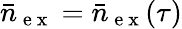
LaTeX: \bar{n}_{\mathrm{~e~x~}}=\bar{n}_{\mathrm{~e~x~}}(\tau)